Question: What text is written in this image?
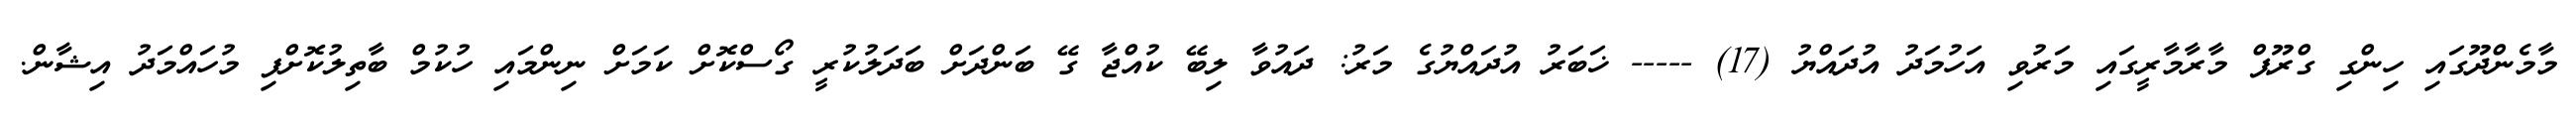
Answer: މާމެންދޫގައި ހިންގި ގްރޫޕް މާރާމާރީގައި މަރުވި އަހުމަދު އުދައްޔު (17) ----- ޚަބަރު އުދައްޔުގެ މަރު: ދައުވާ ލިބޭ ކުއްޖާ ގޭ ބަންދަށް ބަދަލުކުރީ ގޯސްކޮށް ކަމަށް ނިންމައި ހުކުމް ބާތިލުކޮށްފި މުހައްމަދު އިޝާން.